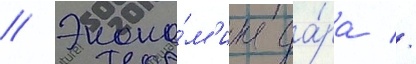
// Эконо́м'ика да́ра //